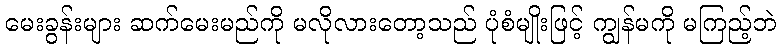
မေးခွန်းများ ဆက်မေးမည်ကို မလိုလားတော့သည် ပုံစံမျိုးဖြင့် ကျွန်မကို မကြည့်ဘဲ